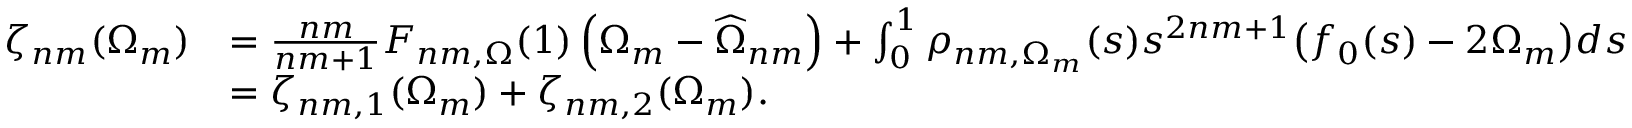
\begin{array} { r l } { \zeta _ { n m } ( \Omega _ { m } ) } & { = \frac { n m } { n m + 1 } F _ { n m , \Omega } ( 1 ) \left( \Omega _ { m } - \widehat \Omega _ { n m } \right) + \int _ { 0 } ^ { 1 } \rho _ { n m , \Omega _ { m } } ( s ) s ^ { 2 n m + 1 } \big ( f _ { 0 } ( s ) - 2 \Omega _ { m } \big ) d s } \\ & { = \zeta _ { n m , 1 } ( \Omega _ { m } ) + \zeta _ { n m , 2 } ( \Omega _ { m } ) . } \end{array}